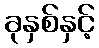
ခုနှစ်နှင့်